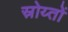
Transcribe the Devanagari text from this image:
स्रोय्तों